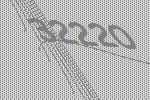
32220